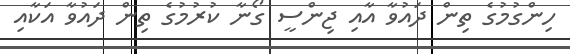
ހިންގުމުގެ ތިން ދައުވާ އާއި ޖިންސީ ގޯނާ ކުރުމުގެ ތިން ދައުވާ އަކާއި